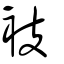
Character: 衼